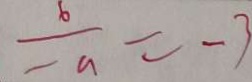
\frac { 6 } { - a } = - 3